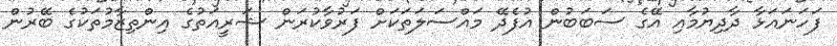
ފަހަނައަޅާ ދާދިޔުމާއި އޭގެ ސަބަބުން އުފެދޭ މައްސަލަތަކަށް ފަރުވާކުރަން ޝަރީއަތުގެ އިންތިޒާމުތަކުގެ ބޭރުން